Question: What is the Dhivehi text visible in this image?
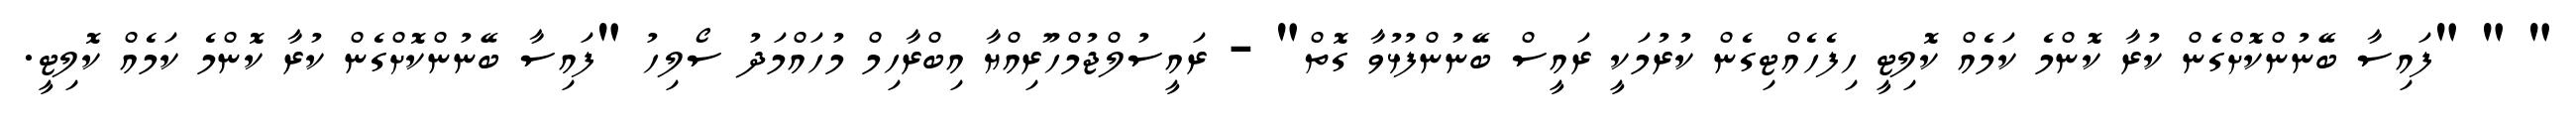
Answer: " " "ފައިސާ ބޭނުންކޮށްގެން ކުރާ ކޮންމެ ކަމެއް ކޮލިޓީ ހިފެހެއްޓިގެން ކުރުމަކީ ރައީސް ބޭނުންފުޅުވާ ގޮތް" - ރައީސުލްޖުމްހޫރިއްޔާ އިބްރާހިމް މުހައްމަދު ސޯލިހު "ފައިސާ ބޭނުންކޮށްގެން ކުރާ ކޮންމެ ކަމެއް ކޮލިޓީ.